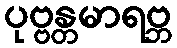
ပုဗ္ဗန္တမာရဗ္ဘ